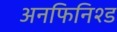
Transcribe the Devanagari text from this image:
अनफिनिश्ड